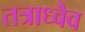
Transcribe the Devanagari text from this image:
तत्राध्वैव